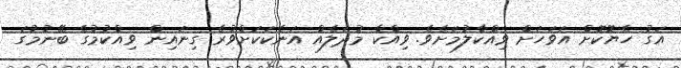
އަގު ހެޔޮކޮށް އަވަހަށް ވިއްކާލުމަށެވެ. ވިއްކާ މުދަލެއް އަނެކަކަށްވުރެ ގިނައިން ވިއްކުމުގެ ބޭނުމުގަ